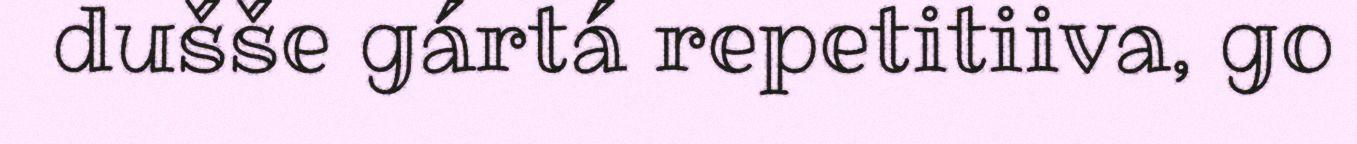
dušše gártá repetitiiva, go